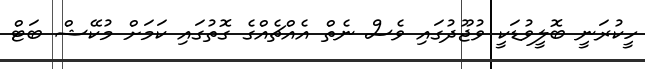
ހީކުރަނީ ބޮލީވުޑަކީ ވުޖޫދުގައި ވެސް ނެތް އެއްޗެއްގެ ގޮތުގައި ކަމަށް މުކޭޝް ބަޓް